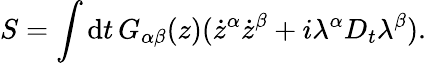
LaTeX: S=\int\mathrm{d}t\, G_{\alpha\beta}(z)(\dot{z}^{\alpha}\dot{z}^{\beta}+i\lambda^{\alpha}D_{t}\lambda^{\beta}).